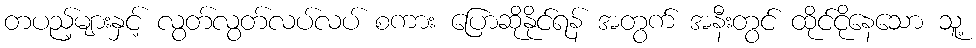
တပည့်များနှင့် လွတ်လွတ်လပ်လပ် စကား ပြောဆိုနိုင်ရန် အတွက် အနီးတွင် ထိုင်ငိုနေသော သူ့